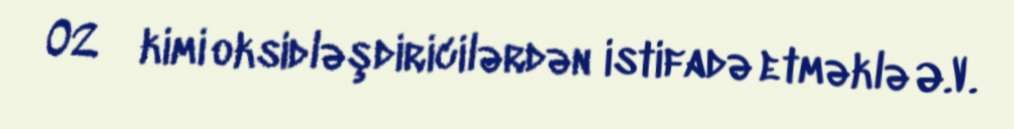
﴾O2﴿ kimi oksidləşdiricilərdən istifadə etməklə Ə.V.